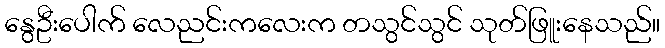
နွေဦးပေါက် လေညင်းကလေးက တသွင်သွင် သုတ်ဖြူးနေသည်။